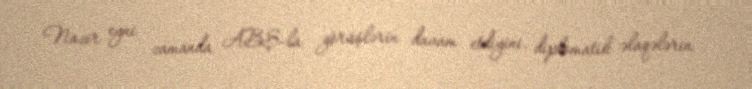
Nazir eyni zamanda ABŞ-la görüşlərin davam etdiyini, diplomatik əlaqələrin